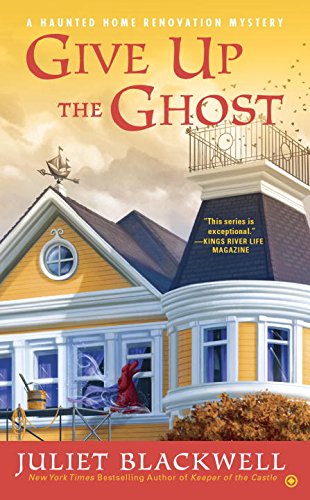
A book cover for Give Up the Ghost: A Haunted Home Renovation Mystery; Juliet Blackwell; Mystery, Thriller & Suspense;